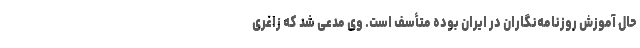
حال آموزش روزنامه‌نگاران در ایران بوده متأسف است. وی مدعی شد که زاغری